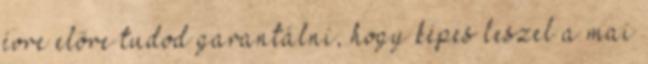
évre előre tudod garantálni, hogy képes leszel a mai